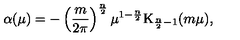
\alpha ( \mu ) = - \left( \frac { m } { 2 \pi } \right) ^ { \frac { n } 2 } \mu ^ { 1 - \frac { n } 2 } \mathrm { K } _ { \frac { n } 2 - 1 } ( m \mu ) ,